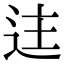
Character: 迬